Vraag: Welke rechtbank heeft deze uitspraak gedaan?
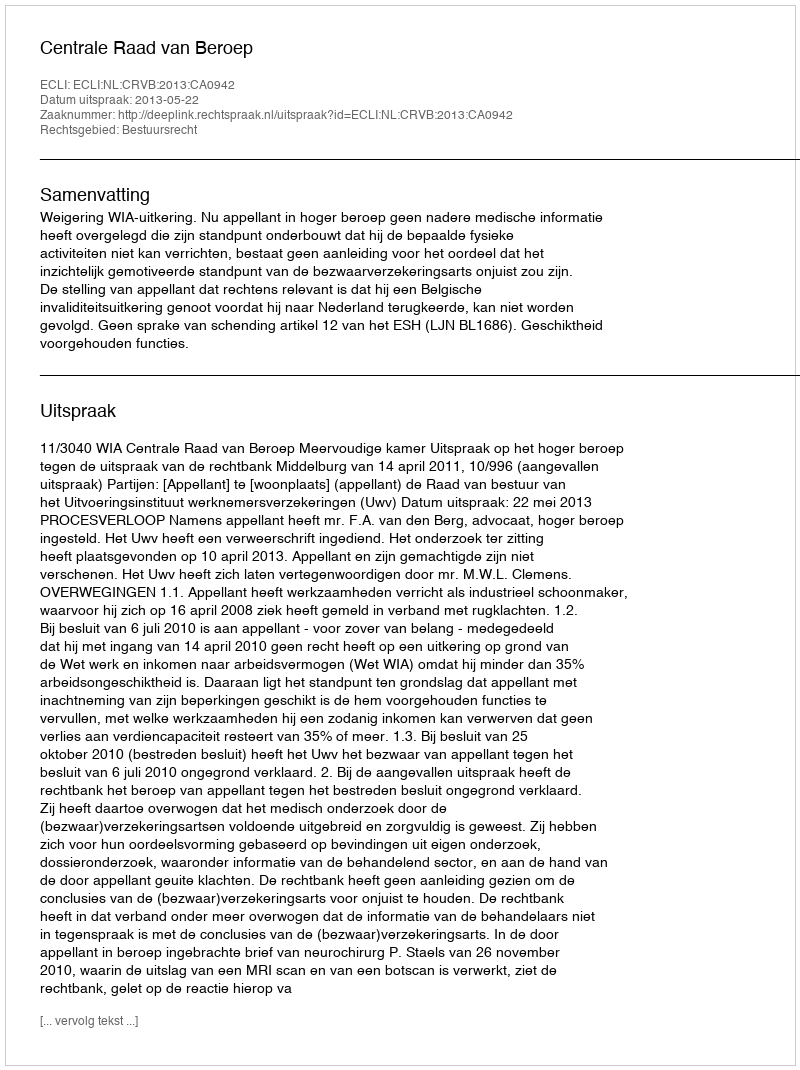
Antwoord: Centrale Raad van Beroep